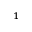
^ { 1 }